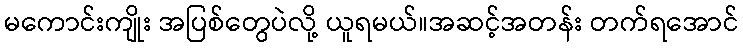
မကောင်းကျိုး အပြစ်တွေပဲလို့ ယူရမယ်။အဆင့်အတန်း တက်ရအောင်